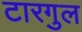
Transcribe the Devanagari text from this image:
टारगुल